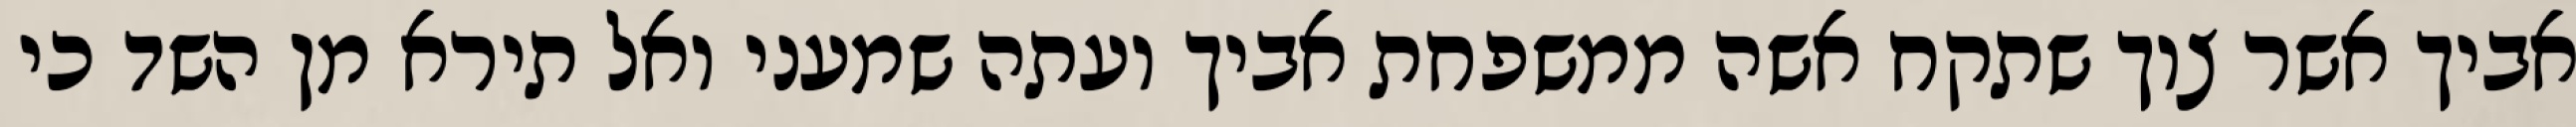
אביך אשר צוך שתקח אשה ממשפחת אביך ועתה שמעני ואל תירא מן השד כי